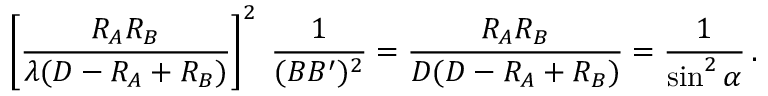
\left[ { \frac { R _ { A } R _ { B } } { \lambda ( D - R _ { A } + R _ { B } ) } } \right] ^ { 2 } \; { \frac { 1 } { ( B B ^ { \prime } ) ^ { 2 } } } = { \frac { R _ { A } R _ { B } } { D ( D - R _ { A } + R _ { B } ) } } = { \frac { 1 } { \sin ^ { 2 } \alpha } } \, .